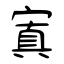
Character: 窴